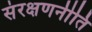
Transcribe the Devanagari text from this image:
संरक्षणनीति